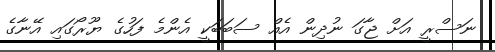
ނަސްރީ އަށް ޖާގަ ނުދިން އެއް ސަބަބަކީ އެންމެ ފަހުގެ ޔޫރޯގައި އޭނާގެ